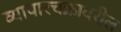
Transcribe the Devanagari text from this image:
व्यापारचक्रावरील